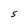
Character: S